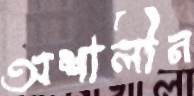
অশালীন